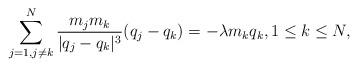
LaTeX: \begin{align*}\sum_{j=1,j\neq k}^N \frac{m_jm_k}{|q_j-q_k|^3}(q_j-q_k)=-\lambda m_kq_k,1\leq k\leq N,\end{align*}